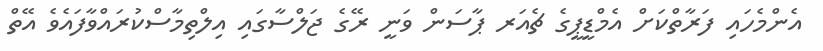
އެންމެހައި ފަރާތްކަށް އެމްޑީޕީގެ ޗެއަރ ޕާސަން ވަނީ ރޭގެ ޖަލްސާގައި އިލްތިމާސްކުރައްވާފައެވެ އޭތް